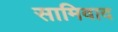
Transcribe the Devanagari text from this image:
सामिवाद